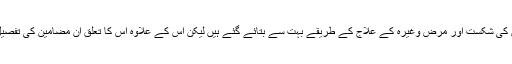
اس میں جادو ٹونا، جھاڑ پھونک کے منتر، دشمنوں کی شکست اور مرض وغیرہ کے علاج کے طریقے بہت سے بتائے گئے ہیں لیکن اس کے علاوہ اس کا تعلق ان مضامین کی تفصیل سے بھی ہے جس کو آج سائنس کا درجہ ملا ہے۔